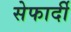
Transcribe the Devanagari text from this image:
सेफार्दी